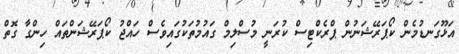
އަޅޫގަނޑުމެން ކޯޕަރޭޝަނުން ޕްރެކްޓިސް ކުރަނީ މުސްލިމް ގައުމުތަކުގައިވެސް ހައްޖު ކޯޕަރޭޝަންތައް ހިންގާ ގޮތް